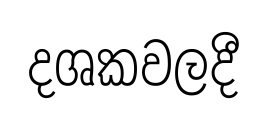
දශකවලදී